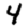
Digit: 4